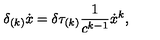
\delta _ { ( k ) } \dot { x } = \delta \tau _ { ( k ) } \frac { 1 } { c ^ { k - 1 } } \dot { x } ^ { k } ,